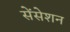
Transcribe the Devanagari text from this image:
सेंसेशन